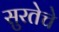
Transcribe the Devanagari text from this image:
सुरतेचे